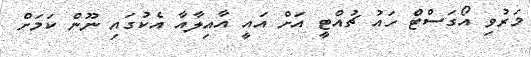
މަރުވި އޯގަސްޓް ހައު ޗުއްޓީ އަށް އައީ އާއިލާއާ އެކުގައި ނޫން ކަމަށް